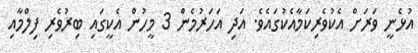
އުޅެނީ ވަރަށް އެކުވެރިކަމާއެކުގައެވެ. އަދި އަހަރުމެން 3 މީހުން އެކީގައި ބިރުވެރި ފިލްމާއި